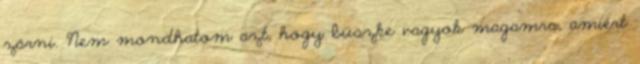
zárni. Nem mondhatom azt, hogy büszke vagyok magamra, amiért